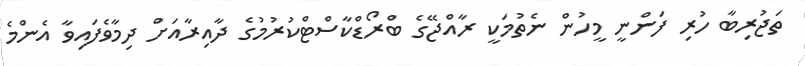
ތަޖުރިބާ ހުރި ފަންނީ މީހުން ނެތުމަކީ ރާއްޖޭގެ ބްރޯޑްކާސްޓްކުރުމުގެ ދާއިރާއަށް ދިމާވެފައިވާ އެންމެ